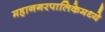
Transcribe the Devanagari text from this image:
महानगरपालिकेमध्ये